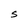
Character: S